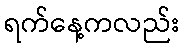
ရက်နေ့ကလည်း